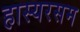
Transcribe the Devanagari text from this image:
हास्यरसम